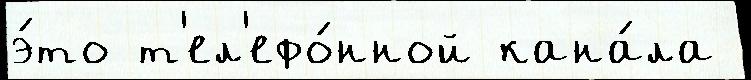
э́то т'ел'ефо́нной кана́ла